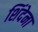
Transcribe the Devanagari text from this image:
शिंदेना